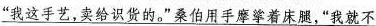
\underline{”我这手艺，卖给识货的。”桑伯用手摩挲着床腿，”我就不}